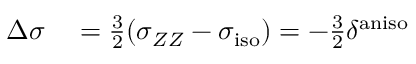
\begin{array} { r l } { \Delta \sigma } & { { } = \frac { 3 } { 2 } ( \sigma _ { Z Z } - \sigma _ { \mathrm { i s o } } ) = - \frac { 3 } { 2 } \delta ^ { \mathrm { a n i s o } } } \end{array}